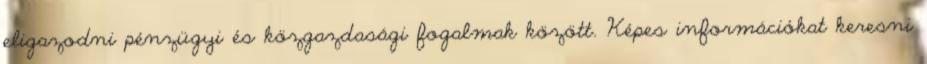
eligazodni pénzügyi és közgazdasági fogalmak között. Képes információkat keresni